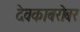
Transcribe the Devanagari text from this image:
देवकाबरोबर